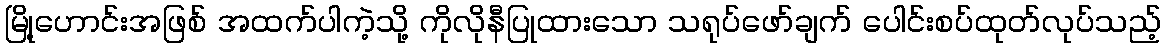
မြို့ဟောင်းအဖြစ် အထက်ပါကဲ့သို့ ကိုလိုနီပြုထားသော သရုပ်ဖော်ချက် ပေါင်းစပ်ထုတ်လုပ်သည့်